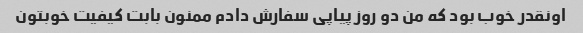
اونقدر خوب بود که من دو روز پیاپی سفارش دادم ممنون بابت کیفیت خوبتون